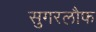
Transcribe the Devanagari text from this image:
सुगरलौफ